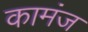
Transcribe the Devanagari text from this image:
कामंज